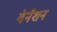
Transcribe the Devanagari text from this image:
वेनैशन